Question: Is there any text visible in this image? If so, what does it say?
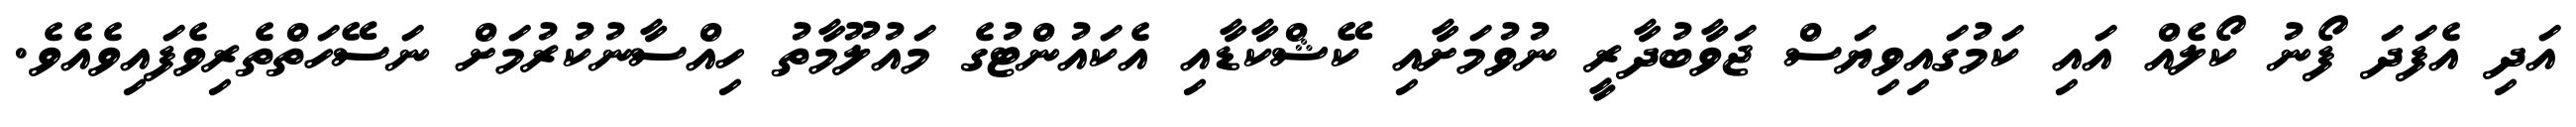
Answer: އަދި އެފަދަ ފޯނު ކޯލެއް އައި ކަމުގައިވިޔަސް ޖަވާބުދާރީ ނުވުމަށާއި ކޭޝްކާޑާއި އެކައުންޓުގެ މައުލޫމާތު ހިއްސާނުކުރުމަށް ނަސޭހަތްތެރިވެފައިވެއެވެ.